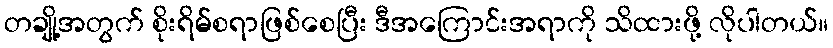
တချို့အတွက် စိုးရိမ်စရာဖြစ်စေပြီး ဒီအကြောင်းအရာကို သိထားဖို့ လိုပါတယ်။